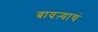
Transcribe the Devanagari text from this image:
बावऱ्याचं